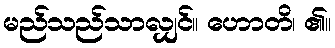
မည်သည်သာလျှင်။ ဟောတိ၊ ၏။